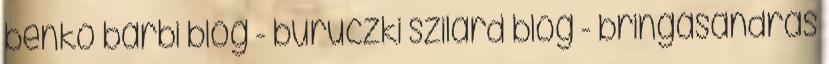
benkó barbi blog - buruczki szilárd blog - bringásandrás